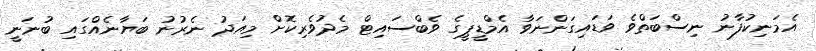
އެމަނިކުފާނު ނިސްބަތްވެ ވަޑައިގަންނަވާ އެމްޑީޕީގެ ވެބްސައިޓް މެދުވެރިކޮށް މިއަދު ނެރުނު ބަޔާނެއްގައި ބުނަނީ